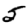
Digit: 5